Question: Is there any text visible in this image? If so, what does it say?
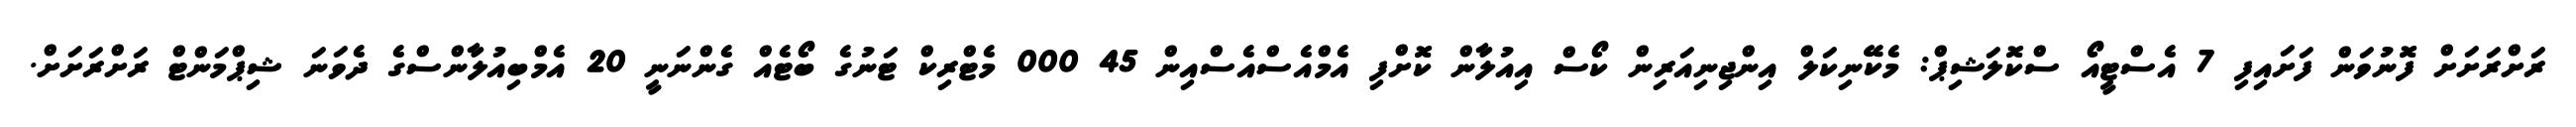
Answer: ރަށްރަށަށް ފޮނުވަން ފަށައިފި 7 އެސްޓީއޯ ސްކޮލަޝިޕް: މެކޭނިކަލް އިންޖިނިއަރިން ކޯސް އިއުލާން ކޮށްފި އެމްއެސްއެސްއިން 45 000 މެޓްރިކް ޓަނުގެ ބޯޓެއް ގެންނަނީ 20 އެމްބިއުލާންސްގެ ދެވަނަ ޝިޕްމަންޓް ރަށްރަށަށް.